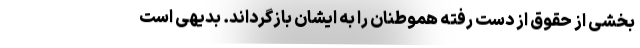
بخشی از حقوق از دست رفته هموطنان را به ایشان بازگرداند. بدیهی است